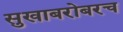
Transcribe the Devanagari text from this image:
सुखाबरोबरच